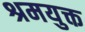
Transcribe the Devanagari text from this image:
श्रमयुक्त